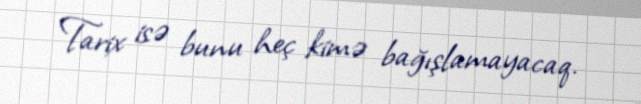
Tarix isə bunu heç kimə bağışlamayacaq.